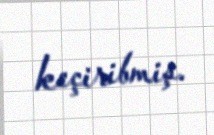
keçiribmiş.